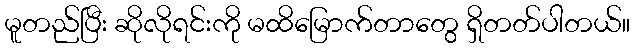
မူတည်ပြီး ဆိုလိုရင်းကို မထိမြောက်တာတွေ ရှိတတ်ပါတယ်။